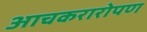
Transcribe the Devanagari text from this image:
आचकरारोपण